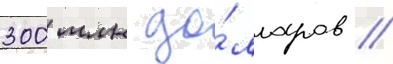
300 млн до́лларов //